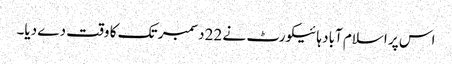
اس پر اسلام آباد ہائیکورٹ نے 22 دسمبر تک کا وقت دے دیا۔